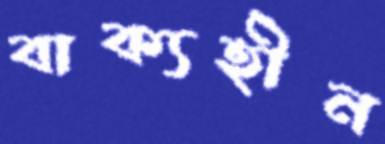
বাক্যহীন